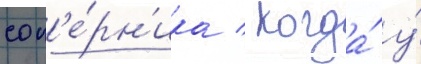
соп'е́рн'ика / когда́ у́